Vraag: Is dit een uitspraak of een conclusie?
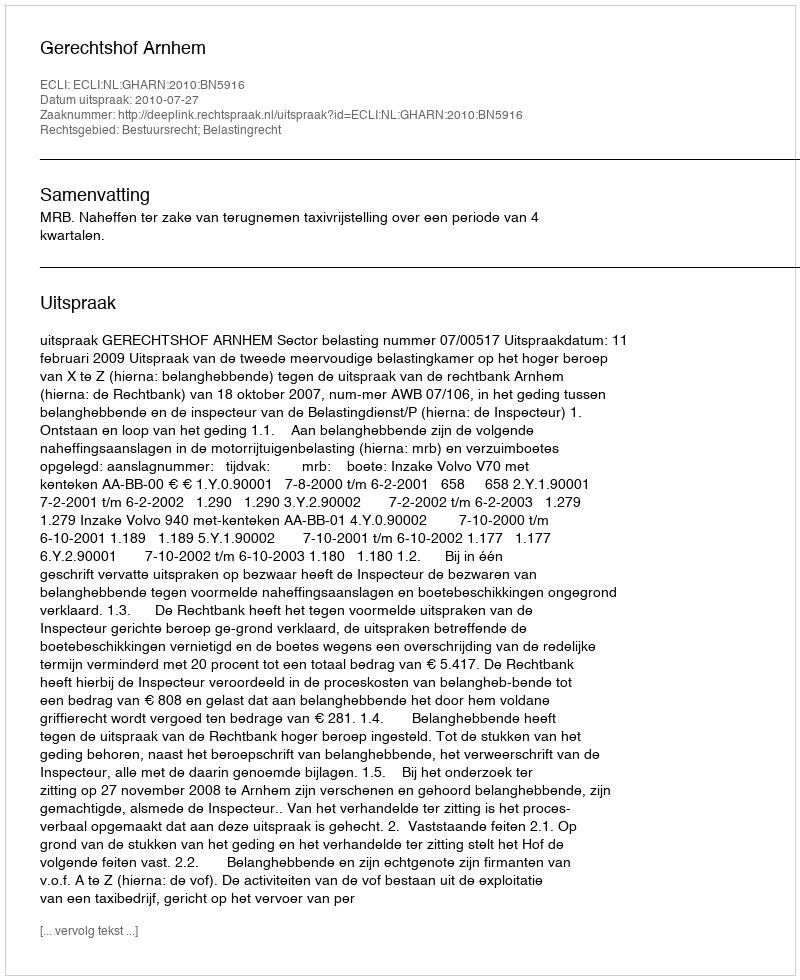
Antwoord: Uitspraak